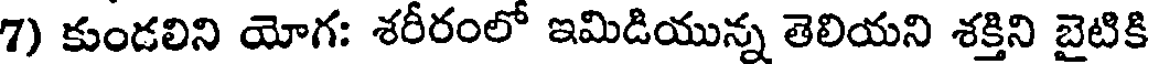
7) కుండలిని యోగ: శరీరంలో ఇమిడియున్న తెలియని శక్తిని బైటికి